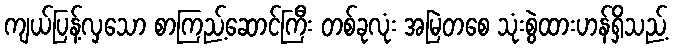
ကျယ်ပြန့်လှသော စာကြည့်ဆောင်ကြီး တစ်ခုလုံး အမြဲတစေ သုံးစွဲထားဟန်ရှိသည့်